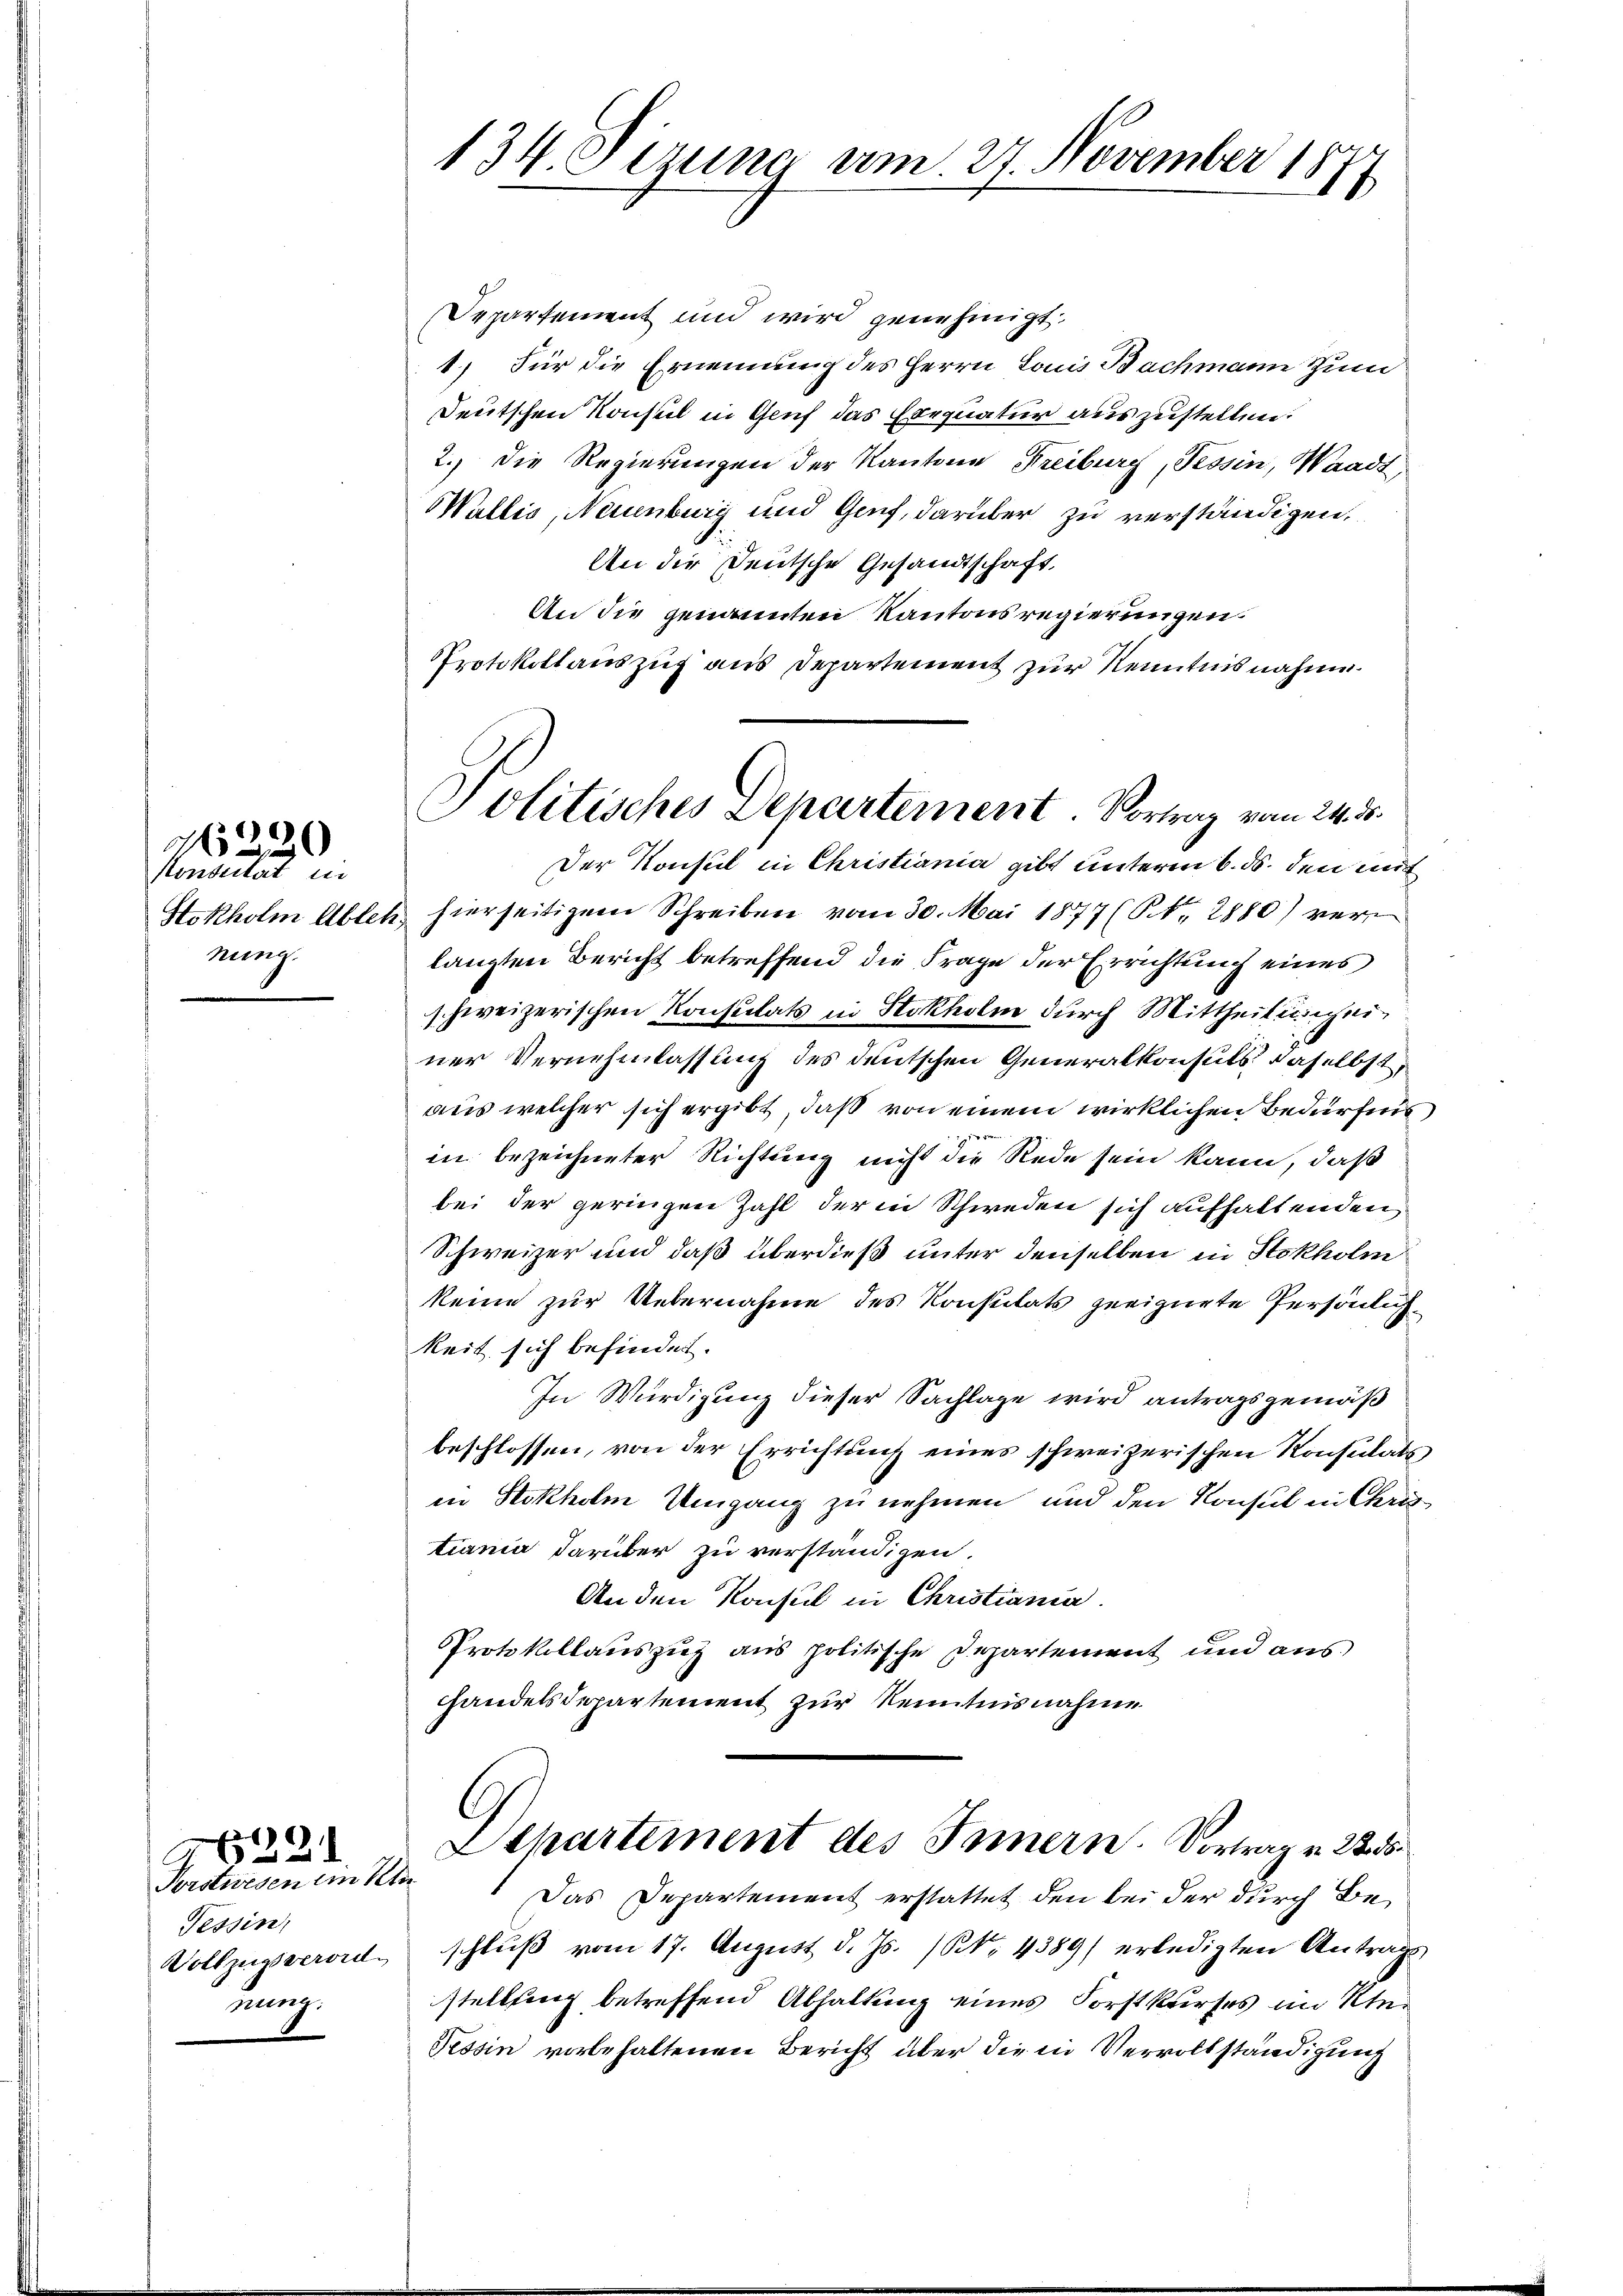
Honduität in
nung.

106)
 x

2
Forstwesen im Sin
Tessin,
Vollzusverordn
nung.

9

134. Sizung vom 27. November 18
.

Protokollauszug aus Departement zur Kenntnisnahme.
Politisches Departement. Vortrag vom 24. d.
Der Konsul in Christiania gibt unterm 6. ds. den mit

Departement und wird genehmigt.
1) Für die Ernennung des Herrn Louis Bachmann Zum
Deutschen Konsul in Genf das Exequatur auszustellen.
2.) Die Regierungen der Kantone Freiburg, Tessin, Waadt,
Wallis, Neuenburg und Genf, darüber zu verständigen,
An die Deutsche Gesandtschaft,
An die genannten Kantonsregierungen
Stokholm Ablet hierseitigem Schreiben vom 30. Mai 1877 (S. 2880) ver
langten Bericht betreffend die Frage der Errichtung eines
schweizerischen Konsulats in Stokholm durch Mittheilung einer Vernehmlassung des deutschen Generalkonsuls, daselbst,
aus welcher sich ergibt, daß von einem wirklichen Bedürfnis
ge
in bezeichneter Richtung nicht die Rede sein kann, daß
bei der geringen Zahl der in Schweden sich aufhaltenden,
Schweizer und daß überdieß unter denselben in Stokholm
keine zur Uebernahme des Konsulats geeignete Persönlich
keit sich befindet.
In Würdigung dieser Sachlage wird antragsgemäß
beschlossen, von der Errichtung eines schweizerischen Konsulats,
in Stokholm Umgang zu nehmen und den Konsul in Chris
tiania darüber zu verständigen.
An den Konsul in Christiania.
Protokollauszug aus politische Departement und aus
handelsdepartement zur Kenntnisnahme

Departement des Innern. Vortrag v. 22 d

Das Departement erstattet den bei der durch Beschluß vom 17. August d. Js. (N. 4389 erledigten Antrags
stellung betreffend Abhaltung eines Forstkurses im Re¬
Tessin vorbehaltenen Bericht über die in Vervollständigung